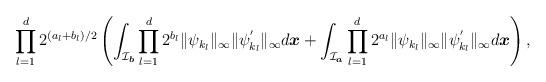
LaTeX: \begin{align*}\prod_{l=1}^d2^{(a_l+b_l)/2}\left(\int_{\mathcal{I}_{\boldsymbol{b}}}\prod_{l=1}^d2^{b_l}\|\psi_{k_l}\|_{\infty}\|\psi_{k_l}^{'}\|_{\infty}d\boldsymbol{x}+\int_{\mathcal{I}_{\boldsymbol{a}}}\prod_{l=1}^d2^{a_l}\|\psi_{k_l}\|_{\infty}\|\psi_{k_l}^{'}\|_{\infty}d\boldsymbol{x}\right),\end{align*}